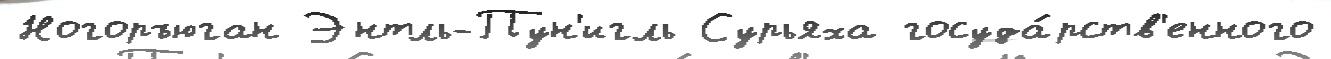
Ногоръюган Энтль-Пун'игль Сурьяха госуда́рств'енного